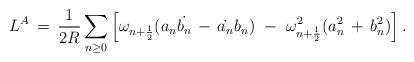
LaTeX: \begin{align*}L^{A}\,=\,\frac{1}{2R} \sum_{n \geq 0} \left[\omega_{n+\frac{1}{2}}(a_{n} \dot{b_{n}}\,-\,\dot{a_{n}} b_{n})\,\,-\,\,\omega_{n+\frac{1}{2}}^{2}(a_{n}^{2}\,+\,b_{n}^{2}) \right].\end{align*}